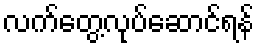
လက်တွေ့လုပ်ဆောင်ရန်